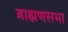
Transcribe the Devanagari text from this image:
ब्राह्मणसभा